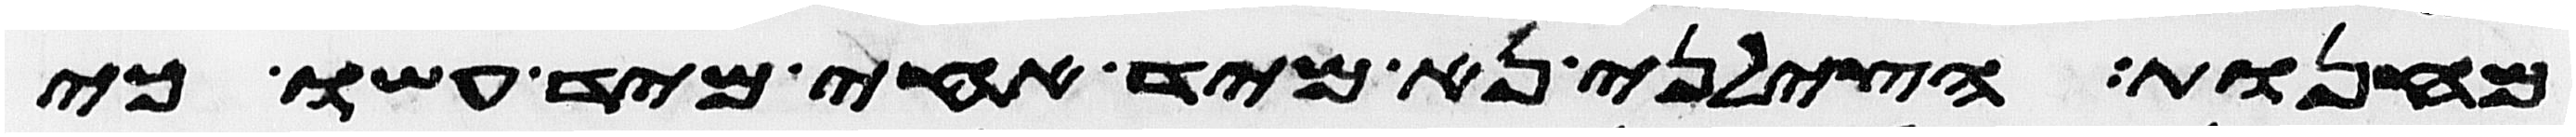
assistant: מחנות הצלני נא מיד אחי מיד עשו כי